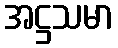
အဋ္ဌသမာ